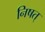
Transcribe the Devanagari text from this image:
निषत्